Report of the Indian Hemp Drugs Commission, 1894-1895 - Volume V
Year: 1894
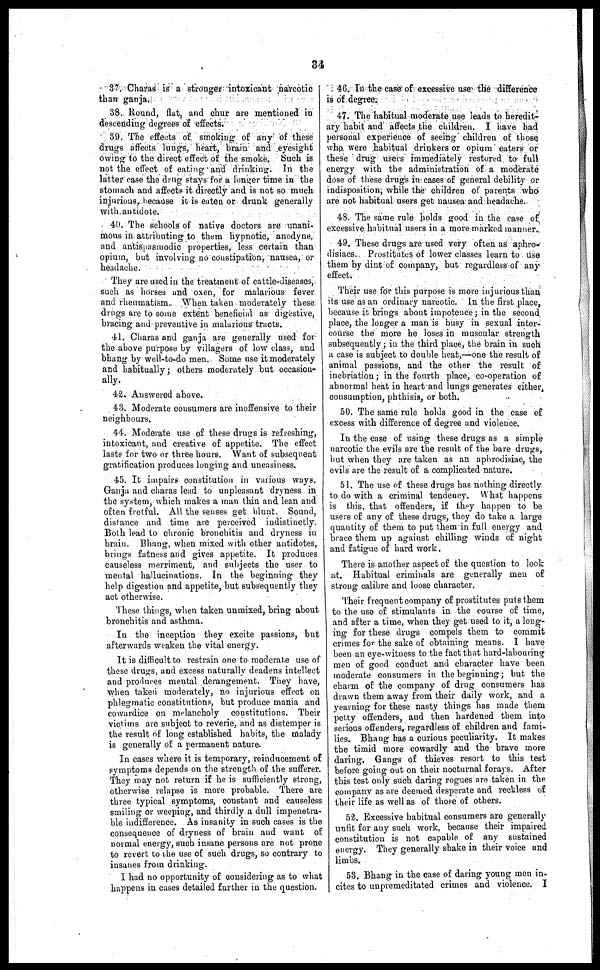
34
37. Charas is a stronger intoxicant narcotic
than ganja.
38. Round, flat, and chur are mentioned in
descending degrees of effects.
39. The effects of smoking of any of these
drugs affects lungs, heart, brain and eyesight
owing to the direct effect of the smoke. Such is
not the effect of eating and drinking. In the
latter case the drug stays for a longer time in the
stomach and affects it directly and is not so much
injurious, because it is eaten or drunk generally
with, antidote.
40. The schools of native doctors are unani-
mous in attributing to them hypnotic, anodyne,
and antispasmodic properties, less certain than
opium, but involving no constipation, nausea, or
headache.
They are used in the treatment of cattle-diseases,
such as horses and oxen, for malarious fever
and rheumatism. When taken moderately these
drugs are to some extent beneficial as digestive,
bracing and preventive in malarious tracts.
41. Charas and ganja are generally used for
the above purpose by villagers of low class, and
bhang by well-to-do men. Some use it moderately
and habitually ; others moderately but occasion-
ally.
42. Answered above.
43. Moderate consumers are inoffensive to their
neighbours.
44. Moderate use of these drugs is refreshing,
intoxicant, and creative of appetite. The effect
lasts for two or three hours. Want of subsequent
gratification produces longing and uneasiness.
45. It impairs constitution in various ways.
Ganja and charas lead to unpleasant dryness in
the system, which makes a man thin and lean and
often fretful. All the senses get blunt. Sound,
distance and time are perceived indistinctly.
Both lead to chronic bronchitis and dryness in
brain. Bhang, when mixed with other antidotes,
brings fatness and gives appetite. It produces
causeless merriment, and subjects the user to
mental hallucinations. In the beginning they
help digestion and appetite, but subsequently they
act otherwise.
These things, when taken unmixed, bring about
bronchitis and asthma.
In the inception they excite passions, but
afterwards weaken the vital energy.
It is difficult to restrain one to moderate use of
these drugs, and excess naturally deadens intellect
and produces mental derangement. They have,
when taken moderately, no injurious effect on
phlegmatic constitutions, but produce mania and
cowardice on melancholy constitutions. Their
victims are subject to reverie, and as distemper is
the result of long established habits, the malady
is generally of a permanent nature.
In cases where it is temporary, reinducement of
symptoms depends on the strength of the sufferer.
They may not return if he is sufficiently strong,
otherwise relapse is more probable. There are
three typical symptoms, constant and causeless
smiling or weeping, and thirdly a dull impenetra-
ble indifference. As insanity in such cases is the
consequence of dryness of brain and want of
normal energy, such insane persons are not prone
to revert to the use of such drugs, so contrary to
iusanes from drinking.
I had no opportunity of considering as to what
happens in cases detailed further in the question.
46. In the case of excessive use the difference
is of degree.
47. The habitual moderate use leads to heredit-
ary habit and affects the children. I have had
personal experience of seeing children of those
who were habitual drinkers or opium eaters or
these drug users immediately restored to full
energy with the administration of a moderate
dose of these drugs in cases of general debility or
indisposition, while the children of parents who
are not habitual users get nausea and headache.
48. The same rule holds good in the case of
excessive habitual users in a more marked manner.
49. These drugs are used very often as aphro-
disiacs. Prostitutes of lower classes learn to use
them by dint of company, but regardless of any
effect.
Their use for this purpose is more injurious than
its use as an ordinary narcotic. In the first place,
because it brings about impotence ; in the second
place, the longer a man is busy in sexual inter-
course the more he loses in muscular strength
subsequently ; in the third place, the brain in such
a ease is subject to double heat,—one the result of
animal passions, and the other the result of
inebriation; in the fourth place, co-operation of
abnormal heat in heart and lungs generates either,
consumption, phthisis, or both.
50. The same rule holds good in the case of
excess with difference of degree and violence.
In the case of using these drugs as a simple
narcotic the evils are the result of the bare drugs,
but when they are taken as an aphrodisiac, the
evils are the result of a complicated nature.
51. The use of these drugs has nothing directly
to do with a criminal tendency. What happens
is this, that offenders, if they happen to be
users of any of these drugs, they do take a large
quantity of them to put them in full energy and
brace them up against chilling winds of night
and fatigue of hard work.
There is another aspect of the question to look
at. Habitual criminals are generally men of
strong calibre and loose character.
Their frequent company of prostitutes puts them
to the use of stimulants in the course of time,
and after a time, when they get used to it, a long-
ing for these drugs compels them to commit
crimes for the sake of obtaining means. I have
been an eye-witness to the fact that hard-labouring
men of good conduct and character have been
moderate consumers in the beginning ; but the
charm of the company of drug consumers has
drawn them away from their daily work, and a
yearning for these nasty things has made them
petty offenders, and then hardened them into
serious offenders, regardless of children and fami-
lies. Bhang has a curious peculiarity. It makes
the timid more cowardly and the brave more
daring. Gangs of thieves resort to this test
before going out on their nocturnal forays. After
this test only such daring rogues are taken in the
company as are deemed desperate and reckless of
their life as well as of those of others.
52. Excessive habitual consumers are generally
unfit for any such work, because their impaired
constitution is not capable of any sustained
energy. They generally shake in their voice and
limbs.
53. Bhang in the case of daring young men in-
cites to unpremeditated crimes and violence. I